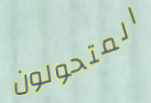
المتحولون